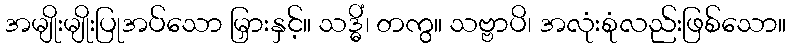
အမျိုးမျိုးပြုအပ်သော မြှားနှင့်။ သဒ္ဓိံ၊ တကွ။ သဗ္ဗာပိ၊ အလုံးစုံလည်းဖြစ်သော။